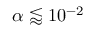
\alpha \lessapprox 1 0 ^ { - 2 }